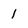
Character: 1